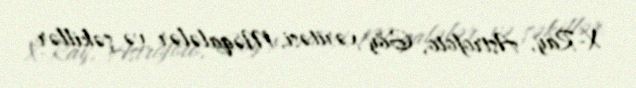
X-Ray, Astrofoto, Göy xəritəsi, Məqalələr və şəkillər.